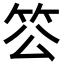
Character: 䇗